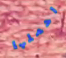
احملها